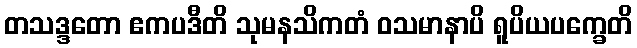
တသဒ္ဒတော ဧကပဒီတိ သုမနသိကတံ ဝသမာနာပိ ရူပိယပက္ခေတိ